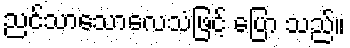
ညင်သာသောလေသံဖြင့် ပြော သည်။